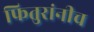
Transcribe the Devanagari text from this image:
फितुरांनीच